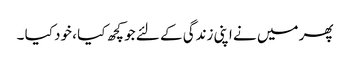
پھر میں نے اپنی زندگی کے لئے جو کچھ کیا ، خود کیا ۔